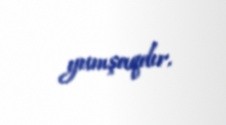
yumşaqdır.